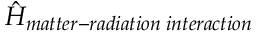
\hat { H } _ { m a t t e r - r a d i a t i o n \; i n t e r a c t i o n }